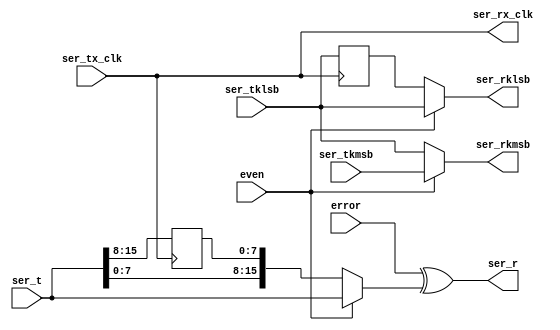

module serdes_model
  (input ser_tx_clk,
   input ser_tkmsb,
   input ser_tklsb,
   input [15:0] ser_t,
   
   output ser_rx_clk,
   output ser_rkmsb,
   output ser_rklsb,
   output [15:0] ser_r,
   
   input even,
   input error);
   
   wire [15:0] ser_r_odd;
   wire  ser_rklsb_odd, ser_rkmsb_odd;   
   
   reg [7:0] hold_dat;
   reg 	     hold_k;
   
   always @(posedge ser_tx_clk) hold_k <= ser_tklsb;
   always @(posedge ser_tx_clk) hold_dat <= ser_t[15:8];
   assign    ser_rklsb_odd = hold_k;
   assign    ser_rkmsb_odd = ser_tklsb;
   assign    ser_r_odd = {ser_t[7:0], hold_dat};
   
   // Set outputs
   assign    ser_rx_clk = ser_tx_clk;
   assign    ser_rkmsb = even ? ser_tkmsb : ser_rkmsb_odd;
   assign    ser_rklsb = even ? ser_tklsb : ser_rklsb_odd;
   assign    ser_r = error ^ (even ? ser_t : ser_r_odd);
   
endmodule // serdes_model